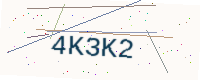
Text: 4K3K2